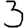
Digit: 3